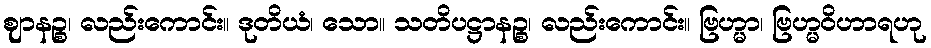
ဈာနဉ္စ၊ လည်းကောင်း။ ဒုတိယံ၊ သော။ သတိပဋ္ဌာနဉ္စ၊ လည်းကောင်း။ ဗြဟ္မာ၊ ဗြဟ္မဝိဟာရဟု